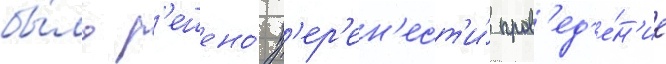
бы́ло р'ешено́ п'ер'ен'ест'и́ пров'ед'е́н'ие